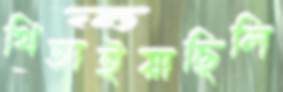
থিতাইয়াছিলি